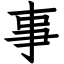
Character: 事